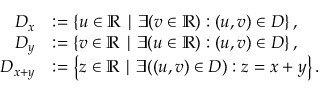
\begin{array} { r l } { D _ { x } } & { : = \left\{ u \in \mathbb { R } \mid \exists ( v \in \mathbb { R } ) : ( u , v ) \in D \right\} , } \\ { D _ { y } } & { : = \left\{ v \in \mathbb { R } \mid \exists ( u \in \mathbb { R } ) : ( u , v ) \in D \right\} , } \\ { D _ { x + y } } & { : = \left\{ z \in \mathbb { R } \mid \exists ( ( u , v ) \in D ) : z = x + y \right\} . } \end{array}